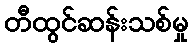
တီထွင်ဆန်းသစ်မှု